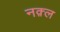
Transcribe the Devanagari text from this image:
नक़्ल